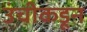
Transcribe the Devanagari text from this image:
उंचीकडून